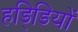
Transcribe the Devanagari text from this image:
हडि्डियों